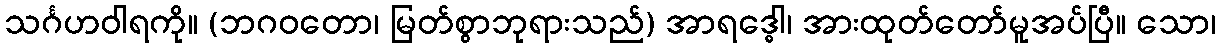
သင်္ဂဟဝါရကို။ (ဘဂဝတော၊ မြတ်စွာဘုရားသည်) အာရဒ္ဓေါ၊ အားထုတ်တော်မူအပ်ပြီ။ သော၊